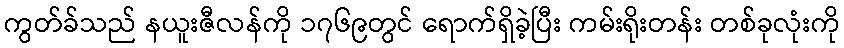
ကွတ်ခ်သည် နယူးဇီလန်ကို ၁၇၆၉တွင် ရောက်ရှိခဲ့ပြီး ကမ်းရိုးတန်း တစ်ခုလုံးကို